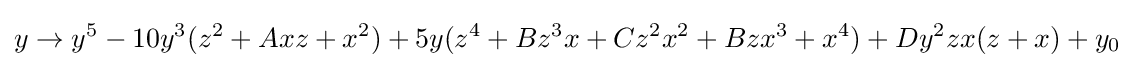
y\to y^{5}-10y^{3}(z^{2}+Axz+x^{2})+5y(z^{4}+Bz^{3}x+Cz^{2}x^{2}+Bzx^{3}+x^{4})+Dy^{2}zx(z+x)+y_{0}